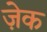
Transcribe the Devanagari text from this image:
ज़ेक